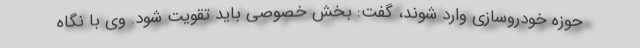
حوزه خودروسازی وارد شوند، گفت: بخش خصوصی باید تقویت شود. وی با نگاه